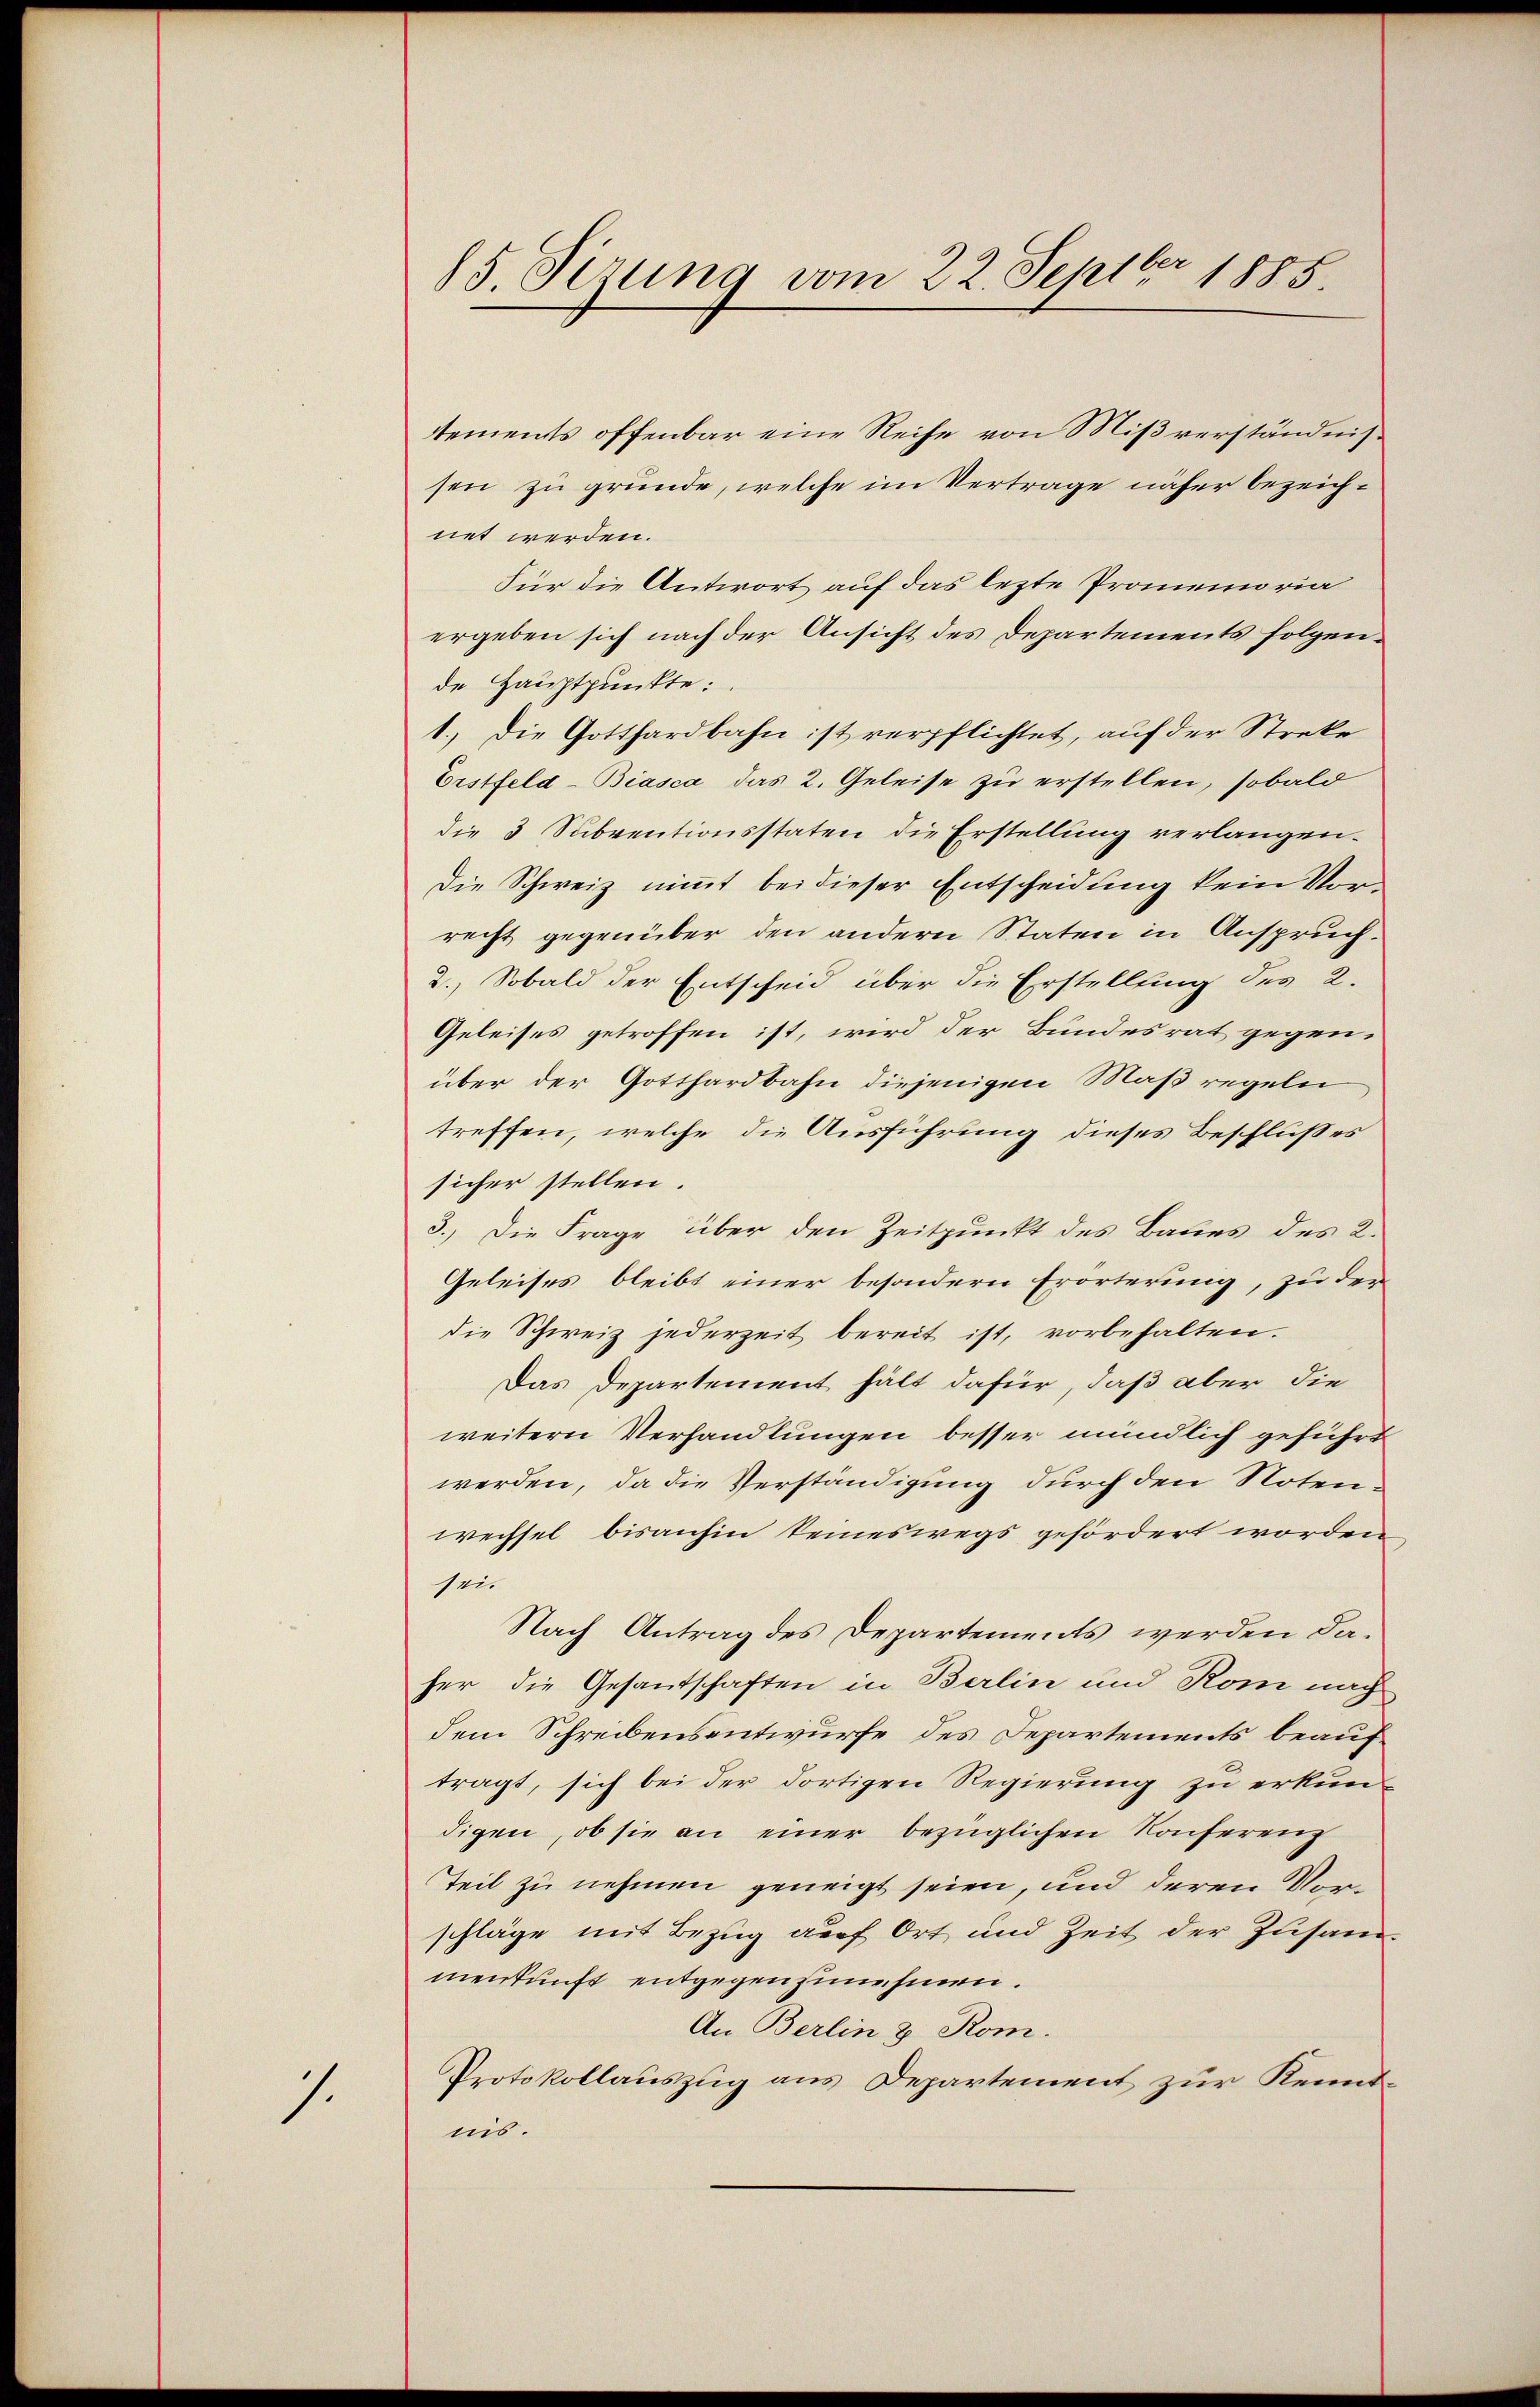
1

85. Sirung vom 22. Septbr 1885.

ttements offenbar eine Reihe von Mißverständnissen zu gründe, welche im Vertrage näher bezeichnet werden.
Für die Antwort auf das lezte Promemoria
ergeben sich nach der Ansicht des Departements folgende Hauptpunkte:
1.) Die Gotthardbahn ist verpflichtet, auf der Streke
Erstfeld-Biasca das 2. Geleise zu erstellen, sobald
die 3 Subventionsstaten die Erstellung verlangen.
Die Schweiz nimmt bei dieser Entscheidung kein Vorrecht gegenüber den andern Staten in Anspruch.
2.) Sobald der Entscheid über die Erstellung des 2.
Geleises getroffen ist, wird der Bundesrat gegenüber der Gotthardbahn diejenigen Maßregeln
treffen, welche die Ausführung dieses Beschlußes
sicher stellen.
3.) Die Frage über den Zeitpunkt des Baues des 2.
Geleises bleibt einer besondern Erörterung, zu der
die Schweiz jederzeit bereit ist, vorbehalten.
Das Departement hält dafür, daß aber die
weitern Verhandlungen besser mündlich geführt
werden, da die Verständigung durch den Noten-
wechsel bisanhin seineswegs gefördert worden
sei
Nach Antrag des Departements werden daher die Gesantschaften in Berlin und Rom nach
dem Schreibensentwurfe des Departements beauftragt, sich bei der dortigen Regierung zu erkun-
digen, ob sie an einer bezüglichen Konferenz
Teil zu nehmen geneigt seien, und deren Vorschläge mit Bezug auf Ort und Zeit der Zusam-
menkunft entgegenzunehmen.
An Berlin & Rom.
Protokollauszug aus Departement zur Kenntnis.